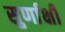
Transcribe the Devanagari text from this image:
सुर्णाक्षी